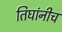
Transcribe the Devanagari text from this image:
तिघांनीच